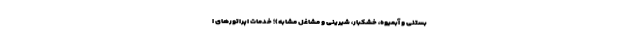
بستنی و آبمیوه، خشکبار، شیرینی و مشاغل مشابه)؛ خدمات اپراتورهای ا